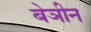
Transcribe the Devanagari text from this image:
बेञीन